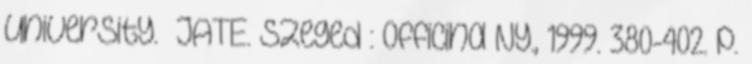
University. JATE. Szeged : Officina Ny., 1999. 380-402. p.